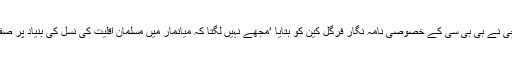
آنگ سانگ سوچی نے بی بی سی کے خصوصی نامہ نگار فرگل کین کو بتایا ‘مجھے نہیں لگتا کہ میانمار میں مسلمان اقلیت کی نسل کی بنیاد پر صفائی ہو رہی ہے۔